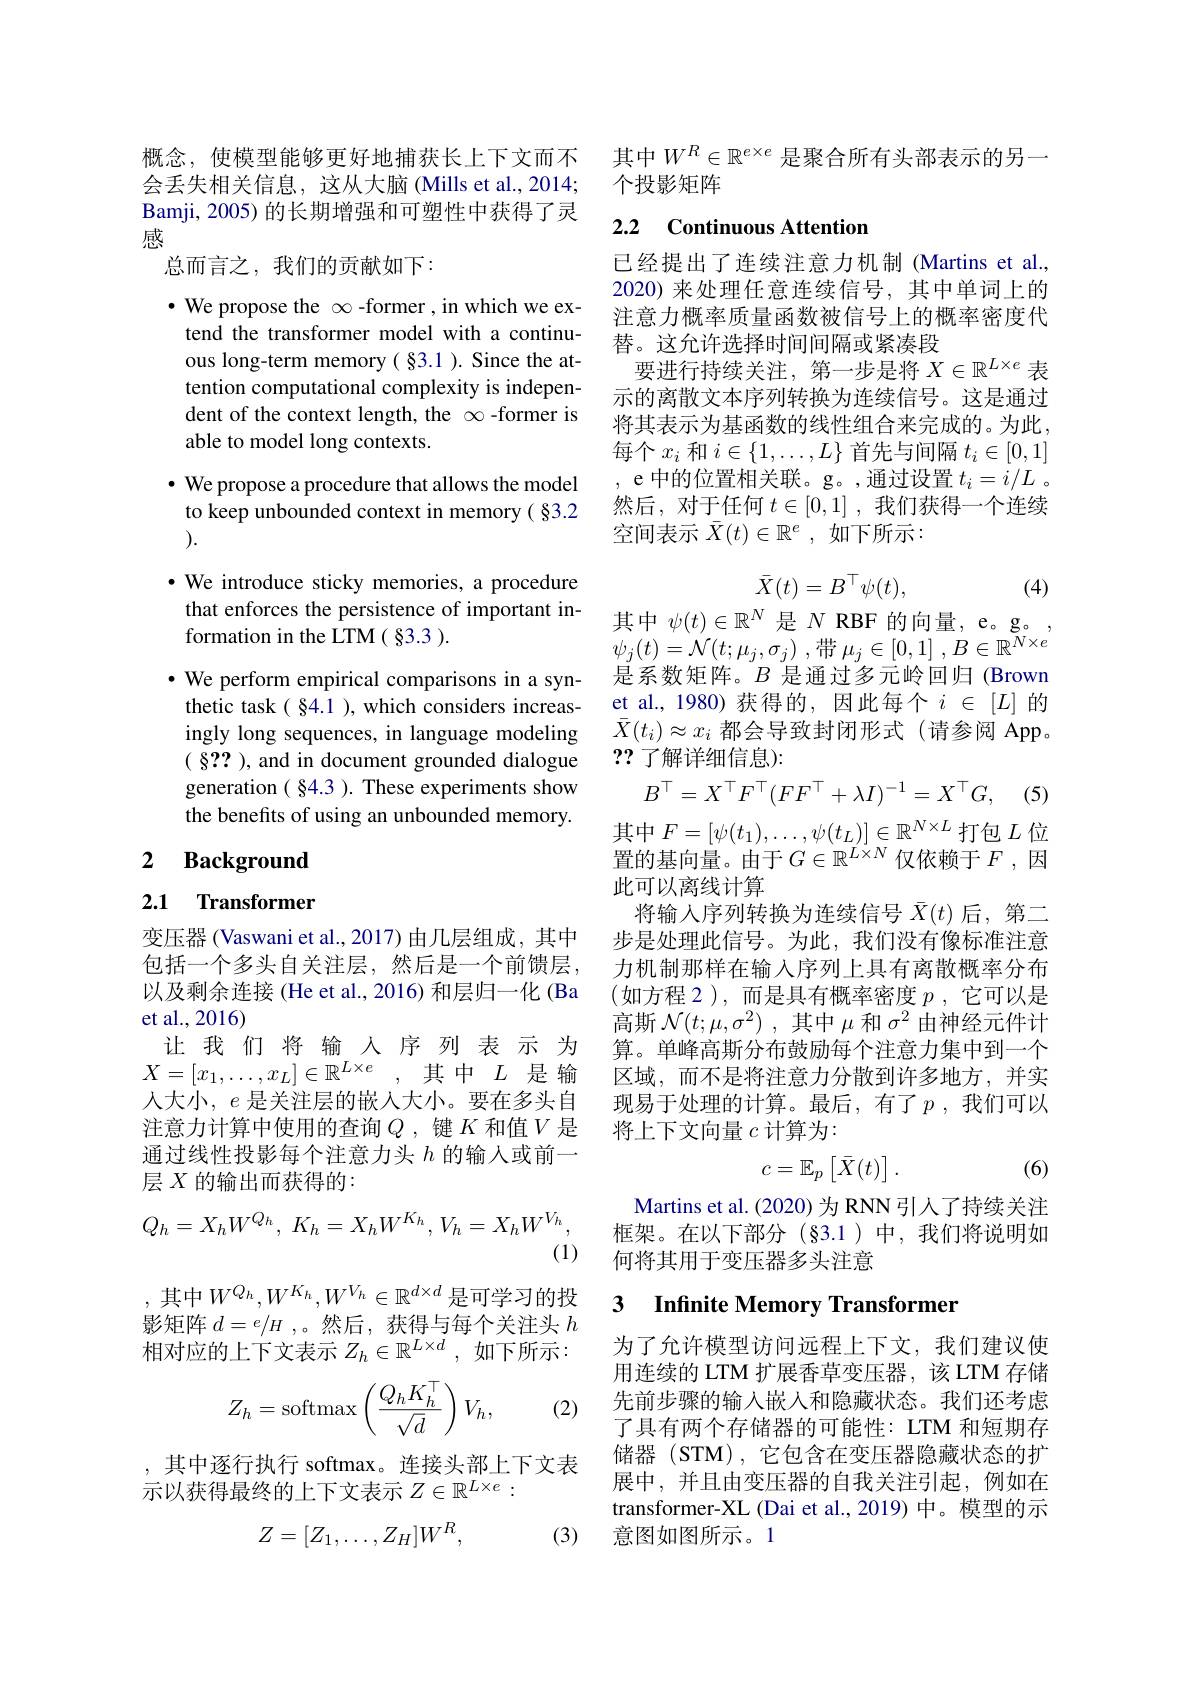
概念，使模型能够更好地捕获长上下文而不会丢失相关信息，这从大脑(Mills et al., 2014; Bamji, 2005) 的长期增强和可塑性中获得了灵感
总而言之，我们的贡献如下：
$\bullet$ We propose the $\infty$ -former , in which we extend the transformer model with a continuous long-term memory( §3.1 ). Since the attention computational complexity is independent of the context length, the $\infty$ -former is able to model long contexts.
$\cdot$ We propose a procedure that allows the model to keep unbounded context in memory( §3.2 ).
$\cdot$ We introduce sticky memories, a procedure
that enforces the persistence of important in- 其 中 $\psi ( t) \in \mathbb{R} ^N$ 是 $N$ RBF 的 向 量 , e。g。, formation in the LTM( § 3. 3) .
formation in the LTM ( §3.3 ).
$\bullet$ We perform empirical comparisons in a synthetic task( §4.1 ), which considers increasingly long sequences, in language modeling ( §?? ), and in document grounded dialogue generation ( §4.3 ). These experiments show the benefits of using an unbounded memory.

### 2 $\textbf{Background}$

2.1 Transformer

变压器 (Vaswani et al., 2017) 由几层组成，其中包括一个多头自关注层，然后是一个前馈层， 以及剩余连接 (He et al., 2016) 和层归一化 (Ba et al.,2016)
让我们将输入序列表示为$X=[x_1,\ldots,x_L]\in\mathbb{R}^{L\times e}$,其中$L$是输人大小，$e$是关注层的嵌入大小。要在多头自注意力计算中使用的查询$Q$ ,键$K$和值$V$是通过线性投影每个注意力头$h$的输人或前一层$X$的输出而获得的：
$$Q_h=X_hW^{Q_h},\:K_h=X_hW^{K_h},\:V_h=X_hW^{V_h},$$
(1)

,其中$W^Q_h,W^{K_h},W^{V_h}\in\mathbb{R}^{d\times d}$是可学习的投影矩阵$d=e/H$ ,。然后，获得与每个关注头$h$ 相对应的上下文表示$Z_h\in\mathbb{R}^L\times d$ ,如下所示：
$$Z_h=\mathrm{softmax}\left(\frac{Q_hK_h^\top}{\sqrt{d}}\right)V_h,$$
(2)

,其中逐行执行 softmax。连接头部上下文表
示以获得最终的上下文表示$Z\in\mathbb{R}^L\times e:$

(3)
$$Z=[Z_1,\dots,Z_H]W^R,$$
其中$W^R\in\mathbb{R}^{e\times e}$是聚合所有头部表示的另一
个投影矩阵

# 2.2 Continuous Attention

已经提出了连续注意力机制 (Martins et al., 2020) 来处理任意连续信号，其中单词上的注意力概率质量函数被信号上的概率密度代替。这允许选择时间间隔或紧凑段
要进行持续关注，第一步是将$X\in\mathbb{R}^{L\times e}$ 表示的离散文本序列转换为连续信号。这是通过将其表示为基函数的线性组合来完成的。为此， 每个$x_i$和$i\in\{1,\ldots,L\}$首先与间隔$t_i\in[0,1]$ , e 中的位置相关联。g。,通过设置$t_i=i/L$ 。然后，对于任何$t\in[0,1]$ ,我们获得一个连续空间表示$\bar{X}(t)\in\mathbb{R}^e$,如下所示：
$$\bar{X}(t)=B^\top\psi(t),$$
(4)

$\psi _{j}( t) = \mathcal{N} ( t; \mu _{j}, \sigma _{j})$ ,带$\mu _j\in [ 0, 1]$ $, B\in \mathbb{R} ^{N\times e}$ 是系数矩阵。$B$是通过多元岭回归 (Brown et al.,1980)获得的，因此每个$i\in[L]$ 的$\bar{X}(t_i)\approx x_i$都会导致封闭形式(请参阅 App。??了解详细信息):
$$B^\top=X^\top F^\top(FF^\top+\lambda I)^{-1}=X^\top G,$$
$$\exists\:F=[\psi(t_{1}),\ldots,\psi(t_{L})]\in\mathbb{R}^{N\times L}\:\text{扌}$$
$\downarrow L$
置的基向量。由于$G\in\mathbb{R}^L\times N$仅依赖于$F$,因
此可以离线计算
将输入序列转换为连续信号$\bar{X}(t)$后，第二步是处理此信号。为此，我们没有像标准注意力机制那样在输入序列上具有离散概率分布(如方程 2),而是具有概率密度 $p$, 它可以是高斯$\mathcal{N} ( t; \mu , \sigma ^2)$ ,其中$\mu$和$\sigma^2$由神经元件计算。单峰高斯分布鼓励每个注意力集中到一个区域，而不是将注意力分散到许多地方，并实现易于处理的计算。最后，有了$p$,我们可以将上下文向量$c$计算为：
$$c=\mathbb{E}_p\begin{bmatrix}\bar{X}(t)\end{bmatrix}.$$
(6)

Martins et al. (2020) 为 RNN 引人了持续关注框架。在以下部分(§3.1)中，我们将说明如何将其用于变压器多头注意

## 3 Infinite Memory Transformer

为了允许模型访问远程上下文，我们建议使用连续的 LTM 扩展香草变压器，该 LTM 存储先前步骤的输入嵌入和隐藏状态。我们还考虑了具有两个存储器的可能性：LTM 和短期存储器(STM),它包含在变压器隐藏状态的扩展中，并且由变压器的自我关注引起，例如在transformer-XL (Dai et al., 2019) 中。模型的示意图如图所示。1